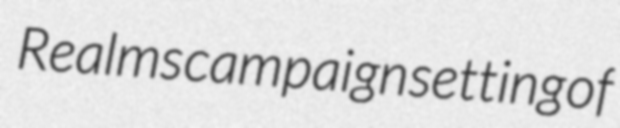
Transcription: Realms campaign setting of